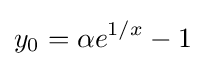
y_{0}=\alpha e^{1/x}-1